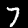
Digit: 7